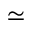
\simeq